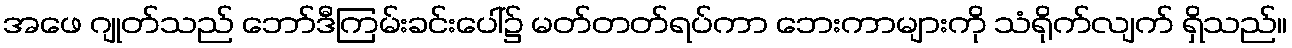
အဖေ ဂျုတ်သည် ဘော်ဒီကြမ်းခင်းပေါ်၌ မတ်တတ်ရပ်ကာ ဘေးကာများကို သံရိုက်လျက် ရှိသည်။